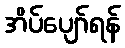
အိပ်ပျော်ရန်